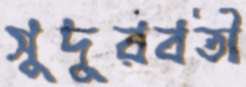
সুদূরবর্তী